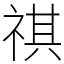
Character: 祺